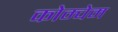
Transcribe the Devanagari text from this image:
कोम्चेम